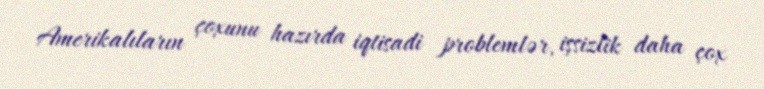
Amerikalıların çoxunu hazırda iqtisadi problemlər, işsizlik daha çox